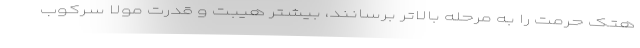
هتک حرمت را به مرحله بالاتر برسانند، بیشتر هیبت و قدرت مولا سرکوب